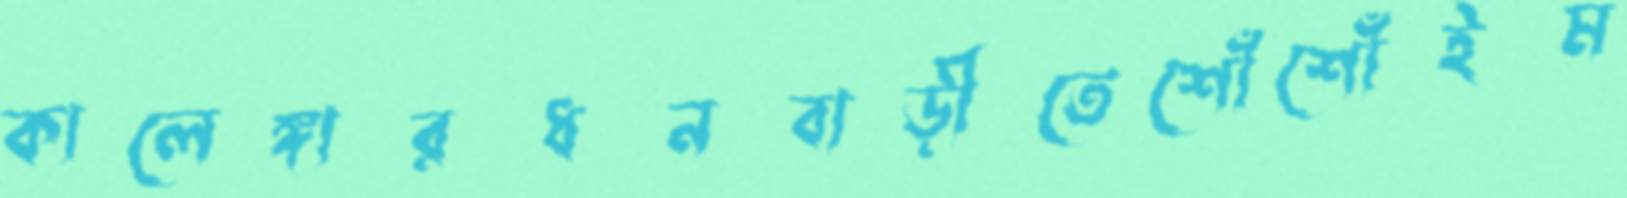
কালেঙ্গারধনবাড়ীতেশোঁশোঁইম